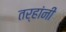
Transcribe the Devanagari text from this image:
तर्हांनी